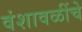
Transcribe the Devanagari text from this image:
वंशावळींचे